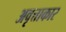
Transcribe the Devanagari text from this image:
अवृत्ताकार